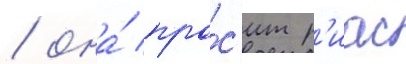
/ она́ про́с'ит р'иас